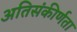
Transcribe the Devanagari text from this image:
अतिसंकीर्णता